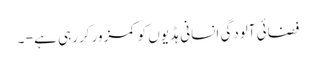
فضائی آلودگی انسانی ہڈیوں کو کمزور کررہی ہے - ۔